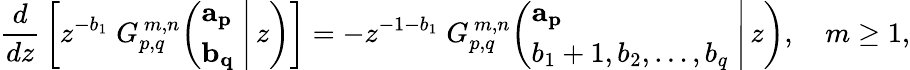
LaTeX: {\frac{d}{dz}}\left[z^{-b_{1}}\; G_{p,q}^{\, m,n}\! \left(\left.{\begin{array}{l}{\mathbf{a_{p}}}\\ {\mathbf{b_{q}}}\end{array}}\; \right|\, z\right)\right]=-z^{-1-b_{1}}\; G_{p,q}^{\, m,n}\! \left(\left.{\begin{array}{l}{\mathbf{a_{p}}}\\ {b_{1}+1,b_{2},\dots,b_{q}}\end{array}}\; \right|\, z\right),\quad m\geq 1,